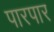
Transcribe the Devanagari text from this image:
पारपार